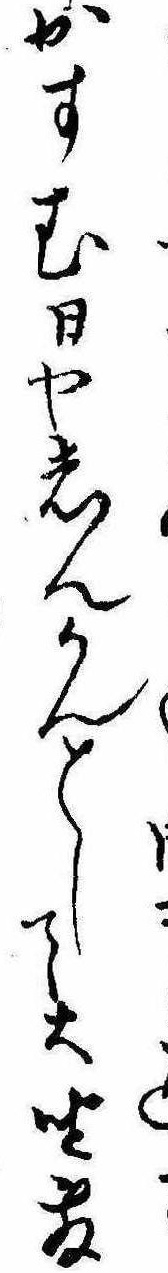
かすむ日やしんかんとして大坐敷